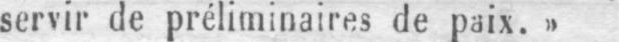
servir de préliminaires de paix.»